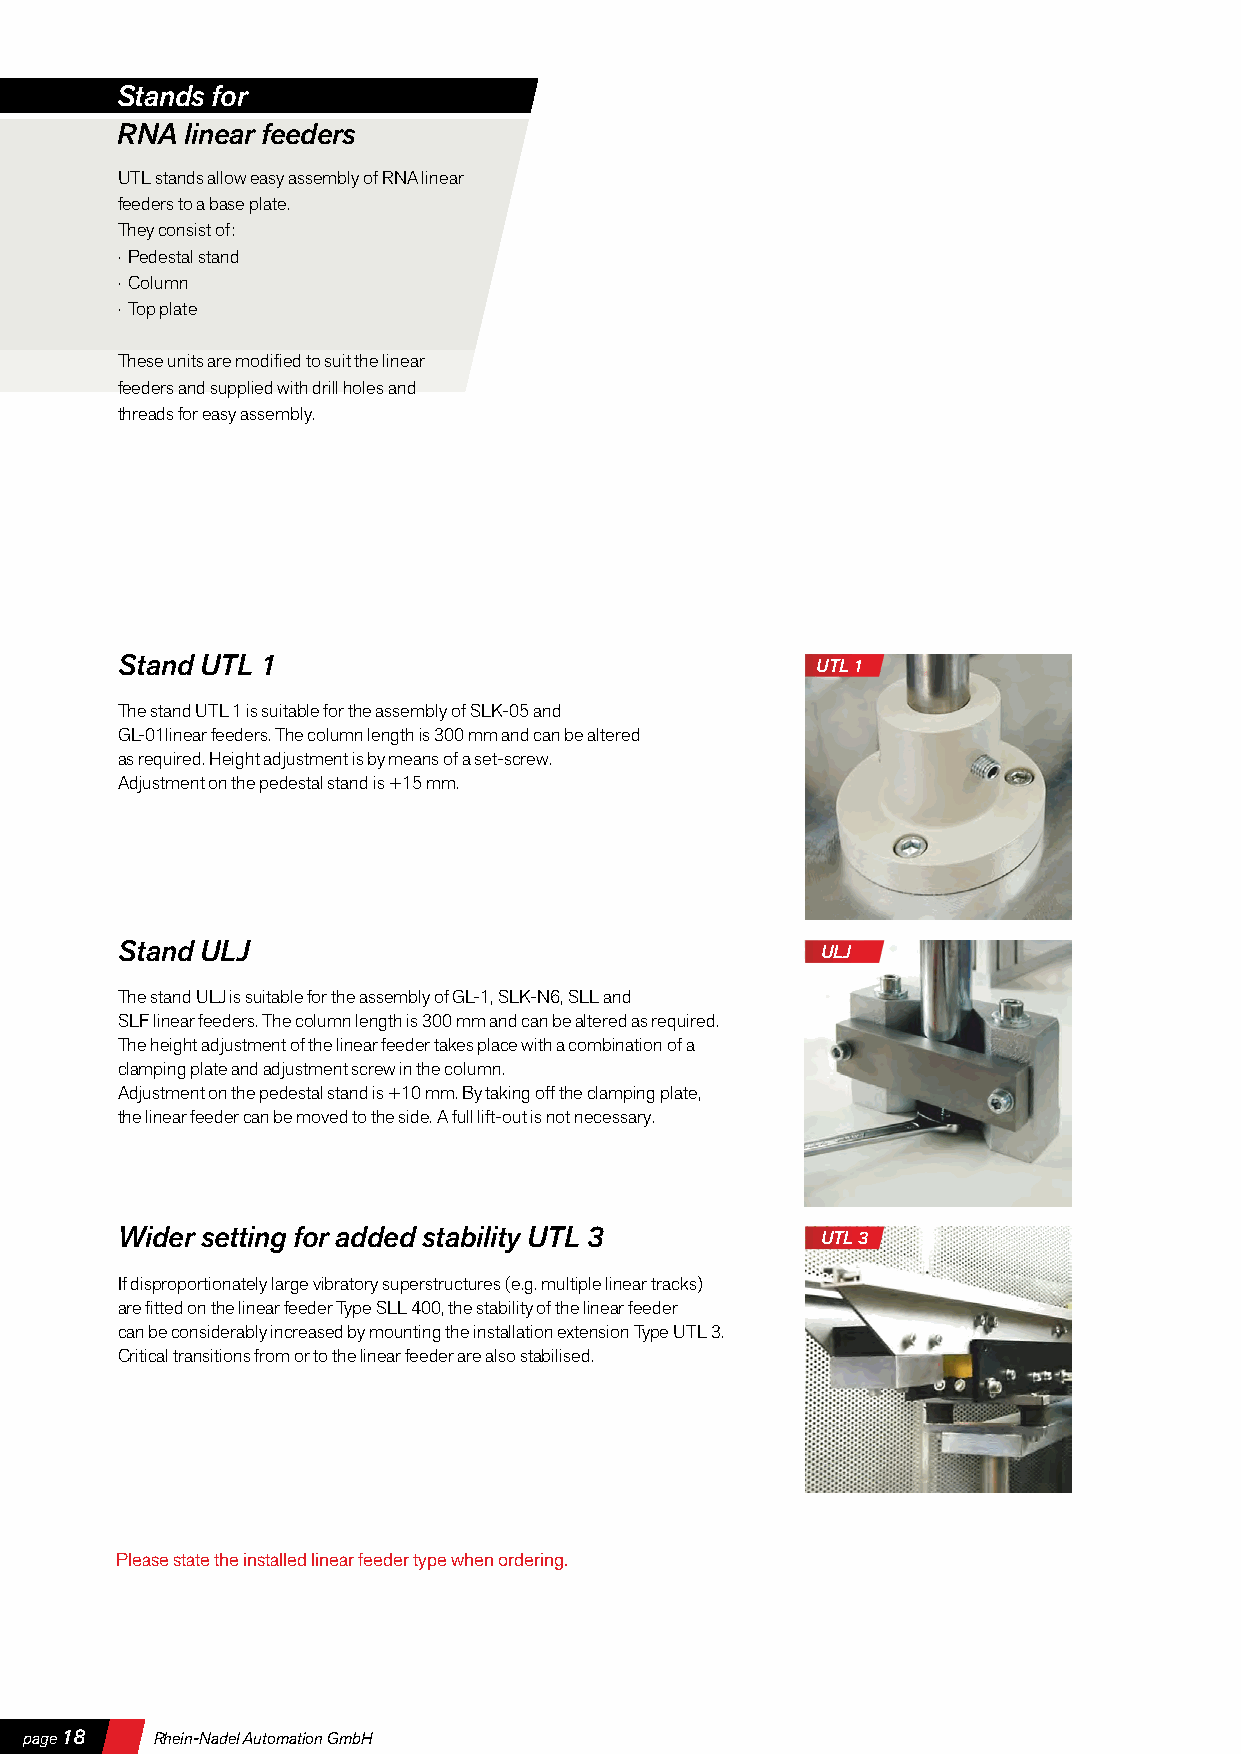
Stands for
 RNA linear feeders
 UTL stands allow easy assembly of RNA linear
 feeders to a base plate.
 They consist of:
 · Pedestal stand
 · Column
 · Top plate
 These units are modified to suit the linear
 feeders and supplied with drill holes and
 threads for easy assembly.
 Stand UTL 1                                   UTL 1
 The stand UTL 1 is suitable for the assembly of SLK-05 and
 GL-01linear feeders. The column length is 300 mm and can be altered
 as required. Height adjustment is by means of a set-screw.
 Adjustment on the pedestal stand is +15 mm.
 Stand ULJ                                     ULJ
 The stand ULJ is suitable for the assembly of GL-1, SLK-N6, SLL and
 SLF linear feeders. The column length is 300 mm and can be altered as required.
 The height adjustment of the linear feeder takes place with a combination of a
 clamping plate and adjustment screw in the column.
 Adjustment on the pedestal stand is +10 mm. By taking off the clamping plate,
 the linear feeder can be moved to the side. A full lift-out is not necessary.
 Wider setting for added stability UTL 3       UTL 3
 If disproportionately large vibratory superstructures (e.g. multiple linear tracks)
 are fitted on the linear feeder Type SLL 400, the stability of the linear feeder
 can be considerably increased by mounting the installation extension Type UTL 3.
 Critical transitions from or to the linear feeder are also stabilised.
 Please state the installed linear feeder type when ordering.
 Spaegitee 1180 RRhheeiinn--NNaaddeell AAuuttoommaattiioonn GGmmbbHH